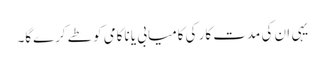
یہی ان کی مدت کار کی کامیابی یا ناکامی کو طے کرے‌گا۔